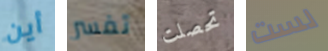
أين تفسر تحصلت لست